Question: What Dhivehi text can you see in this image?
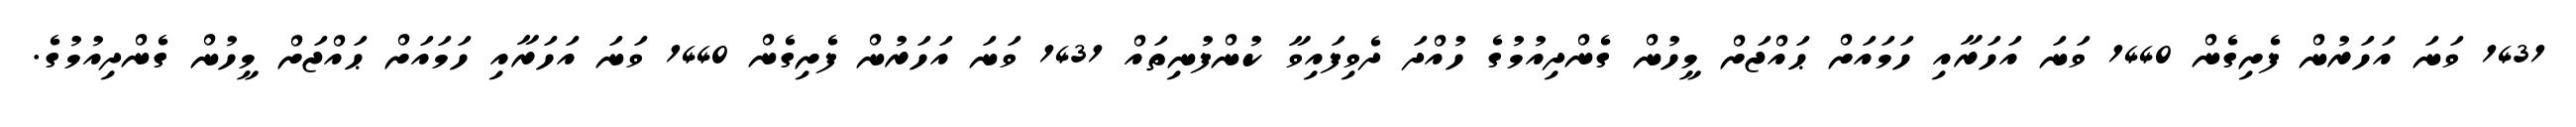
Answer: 1431 ވަނަ އަހަރުން ފެށިގެން 1440 ވަނަ އަހަރާއި ހަމައަށް ޙައްޖަށް މީހުން ގެންދިއުމުގެ ހުއްދަ ދެވިފައިވާ ކުންފުނިތައް 1431 ވަނަ އަހަރުން ފެށިގެން 1440 ވަނަ އަހަރާއި ހަމައަށް ޙައްޖަށް މީހުން ގެންދިއުމުގެ.